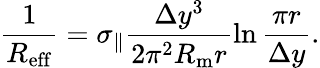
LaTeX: \frac{1}{R_{\mathrm{eff}}}=\sigma_{\| }\frac{\Delta y^{3}}{2\pi^{2}R_{\mathrm{m}}r}\ln{\frac{\pi r}{\Delta y}}.